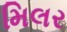
મિલર